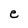
Character: e